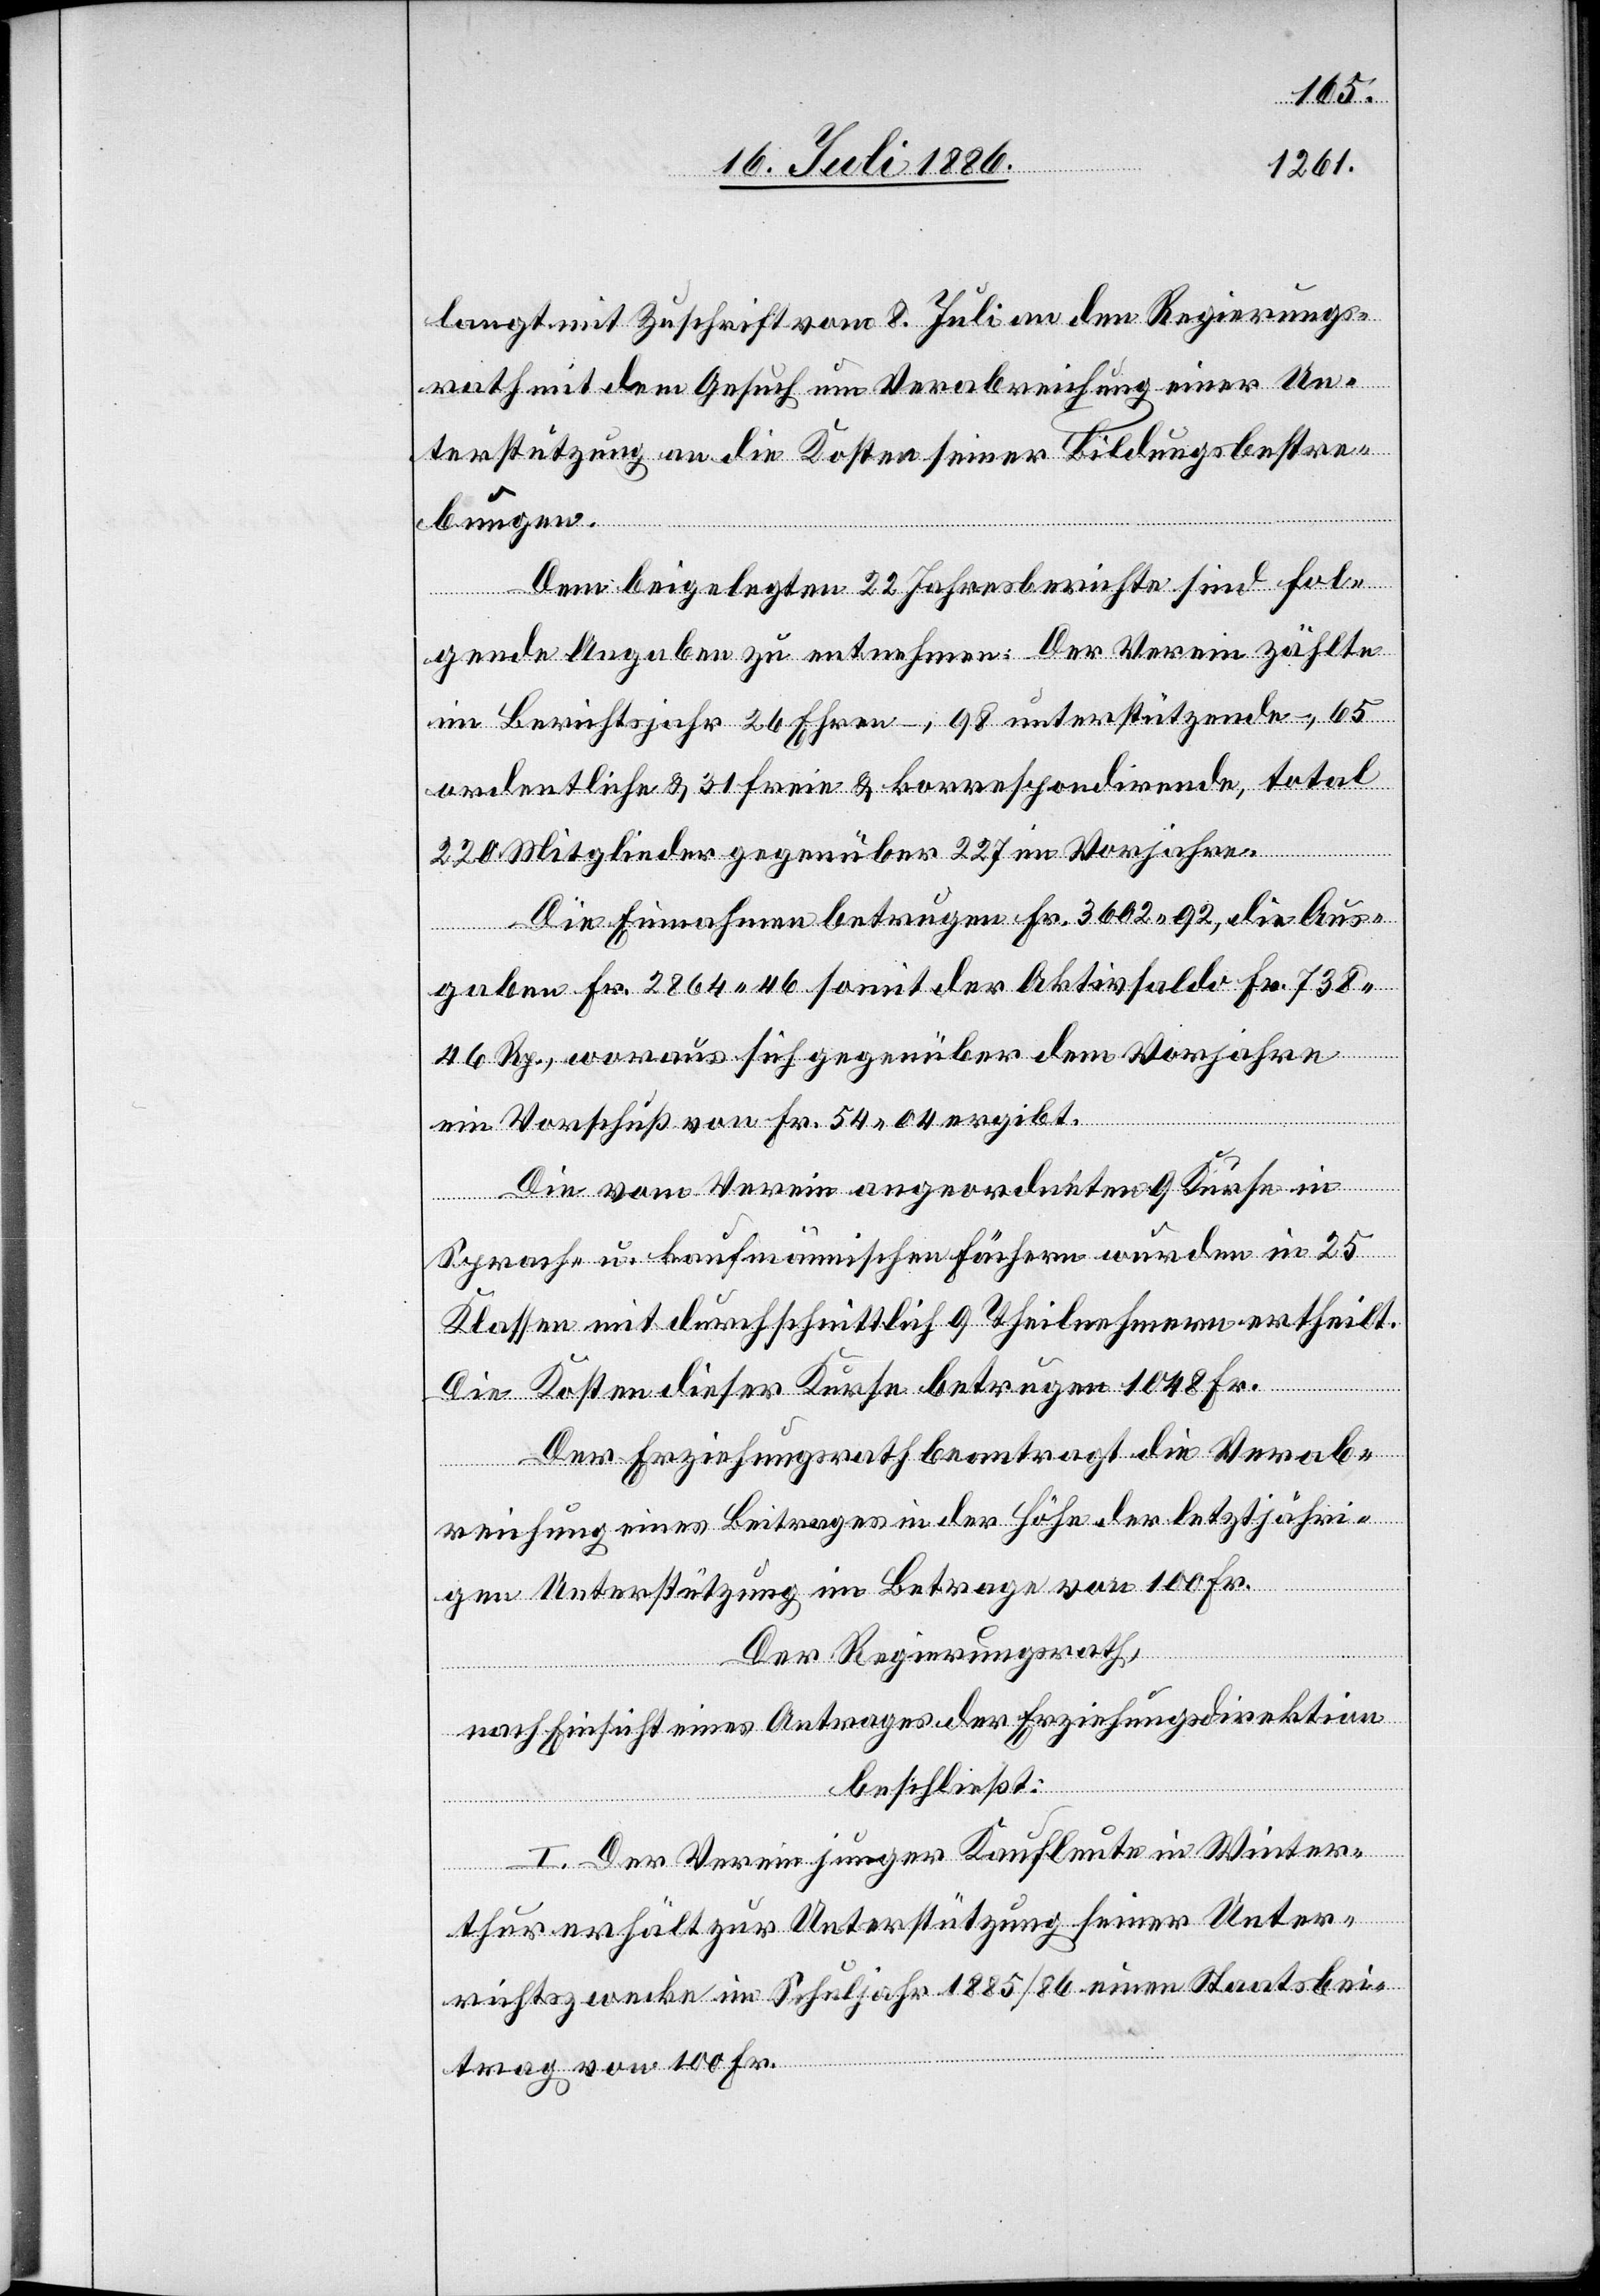
langt mit Zuschrift vom 8. Juli an den Regierungs¬
rath mit dem Gesuch um Verabreichung einer Un¬
terstützung an die Kosten seiner Bildungsbestre¬
bungen.
Dem beigelegten 22. Jahresberichte sind fol¬
gende Angaben zu entnehmen. Der Verein zählte
im Berichtsjahr 26 Ehren-, 98 unterstützende,
220 Mitglieder gegenüber 227 im Vorjahre.
Die Einnahmen betrugen Fr. 3602 92, die Aus¬
gaben Fr. 2864 46 somit der Aktivsaldo Fr. 738
46 Rp., woraus sich gegenüber dem Vorjahre
ein Vorschuß von Fr. 54 04 ergibt.
Die vom Verein angeordneten 9 Kurse in
Sprach- u. kaufmännischen Fächern wurde in 25
Klassen mit durchschnittlich 9 Theilnehmern ertheilt.
Die Kosten dieser Kurse betrugen 1048 Fr.
Der Erziehungsrath beantragt die Verab¬
reichung eines Beitrages in der Höhe der letztjähri¬
gen Unterstützung im Betrage von 100 Fr.
Der Regierungsrath,
nach Einsicht eines Antrages der Erziehungsdirektion,
beschließt:
I. Der Verein junger Kaufleute in Winter¬
thur erhält zur Unterstützung seiner Unter¬
richtszwecke im Schuljahr 1885/86 einen Staatsbei¬
trag von 100 Fr.